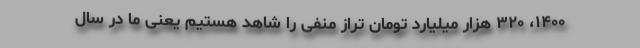
۱۴۰۰، ۳۲۰ هزار میلیارد تومان تراز منفی را شاهد هستیم یعنی ما در سال